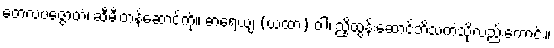
တေလပဇ္ဇောတံ၊ ဆီမီးတန်ဆောင်ကို။ ဓာရေယျ (ယထာ) ဝါ၊ ညှိထွန်းဆောင်ဘိသကဲ့သို့လည်းကောင်း။